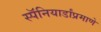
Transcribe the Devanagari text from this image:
स्पॅनियार्डांप्रमाणे